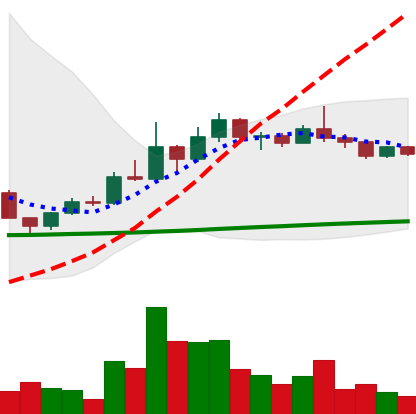
Ticker: DOGE-USD
Chart end date: 2022-12-09
Forward return: -8.429%
Label: down_7plus